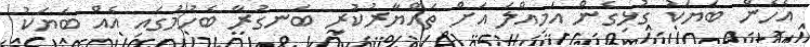
އެހެން ބަޔަކު ގުޅިގެން އަމިއްލަ އަށް ތައްޔާރުކުރި ބަނގުރާ ބެހުމުގައި އެއް ބަޔަކު